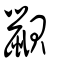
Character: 鼰